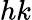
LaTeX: hk